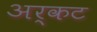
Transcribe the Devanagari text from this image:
अर्कट